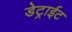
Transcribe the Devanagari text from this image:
डेट्राईट